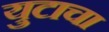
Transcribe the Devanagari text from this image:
युटाचा